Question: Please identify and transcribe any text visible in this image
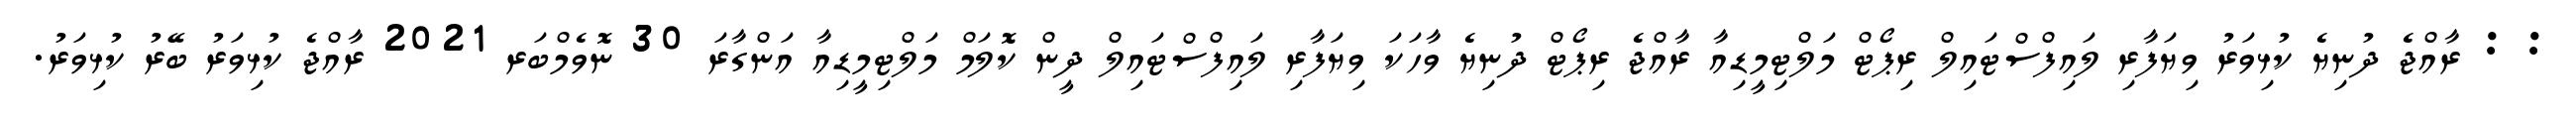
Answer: : : ރާއްޖެ ދުނިޔެ ކުޅިވަރު ވިޔަފާރި ލައިފްސްޓައިލް ރިޕޯޓް މަލްޓިމީޑިއާ ރާއްޖެ ރިޕޯޓް ދުނިޔެ ވާހަކަ ވިޔަފާރި ލައިފްސްޓައިލް ދީން ކޮލަމް މަލްޓިމީޑިއާ އަންގާރަ 30 ނޮވެމްބަރ 2021 ރާއްޖެ ކުޅިވަރު ބޭރު ކުޅިވަރު.